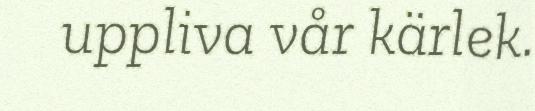
uppliva vår kärlek.